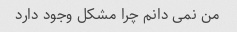
من نمی دانم چرا مشکل وجود دارد